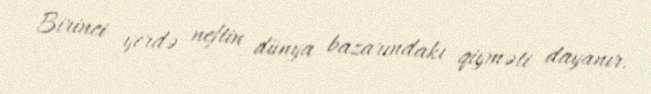
Birinci yerdə neftin dünya bazarındakı qiyməti dayanır.